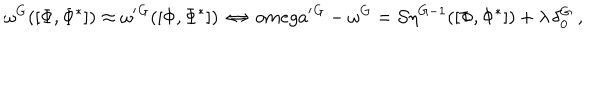
LaTeX: \omega ^ { G } ( [ \Phi , \Phi ^ { * } ] ) \approx \omega ^ { \prime } { } ^ { G } ( [ \Phi , \Phi ^ { * } ] ) \ \Leftrightarrow \, o m e g a ^ { \prime } { } ^ { G } - \omega ^ { G } = { \cal S } \eta ^ { G - 1 } ( [ \Phi , \Phi ^ { * } ] ) + \lambda \, \delta _ { 0 } ^ { G } \ ,